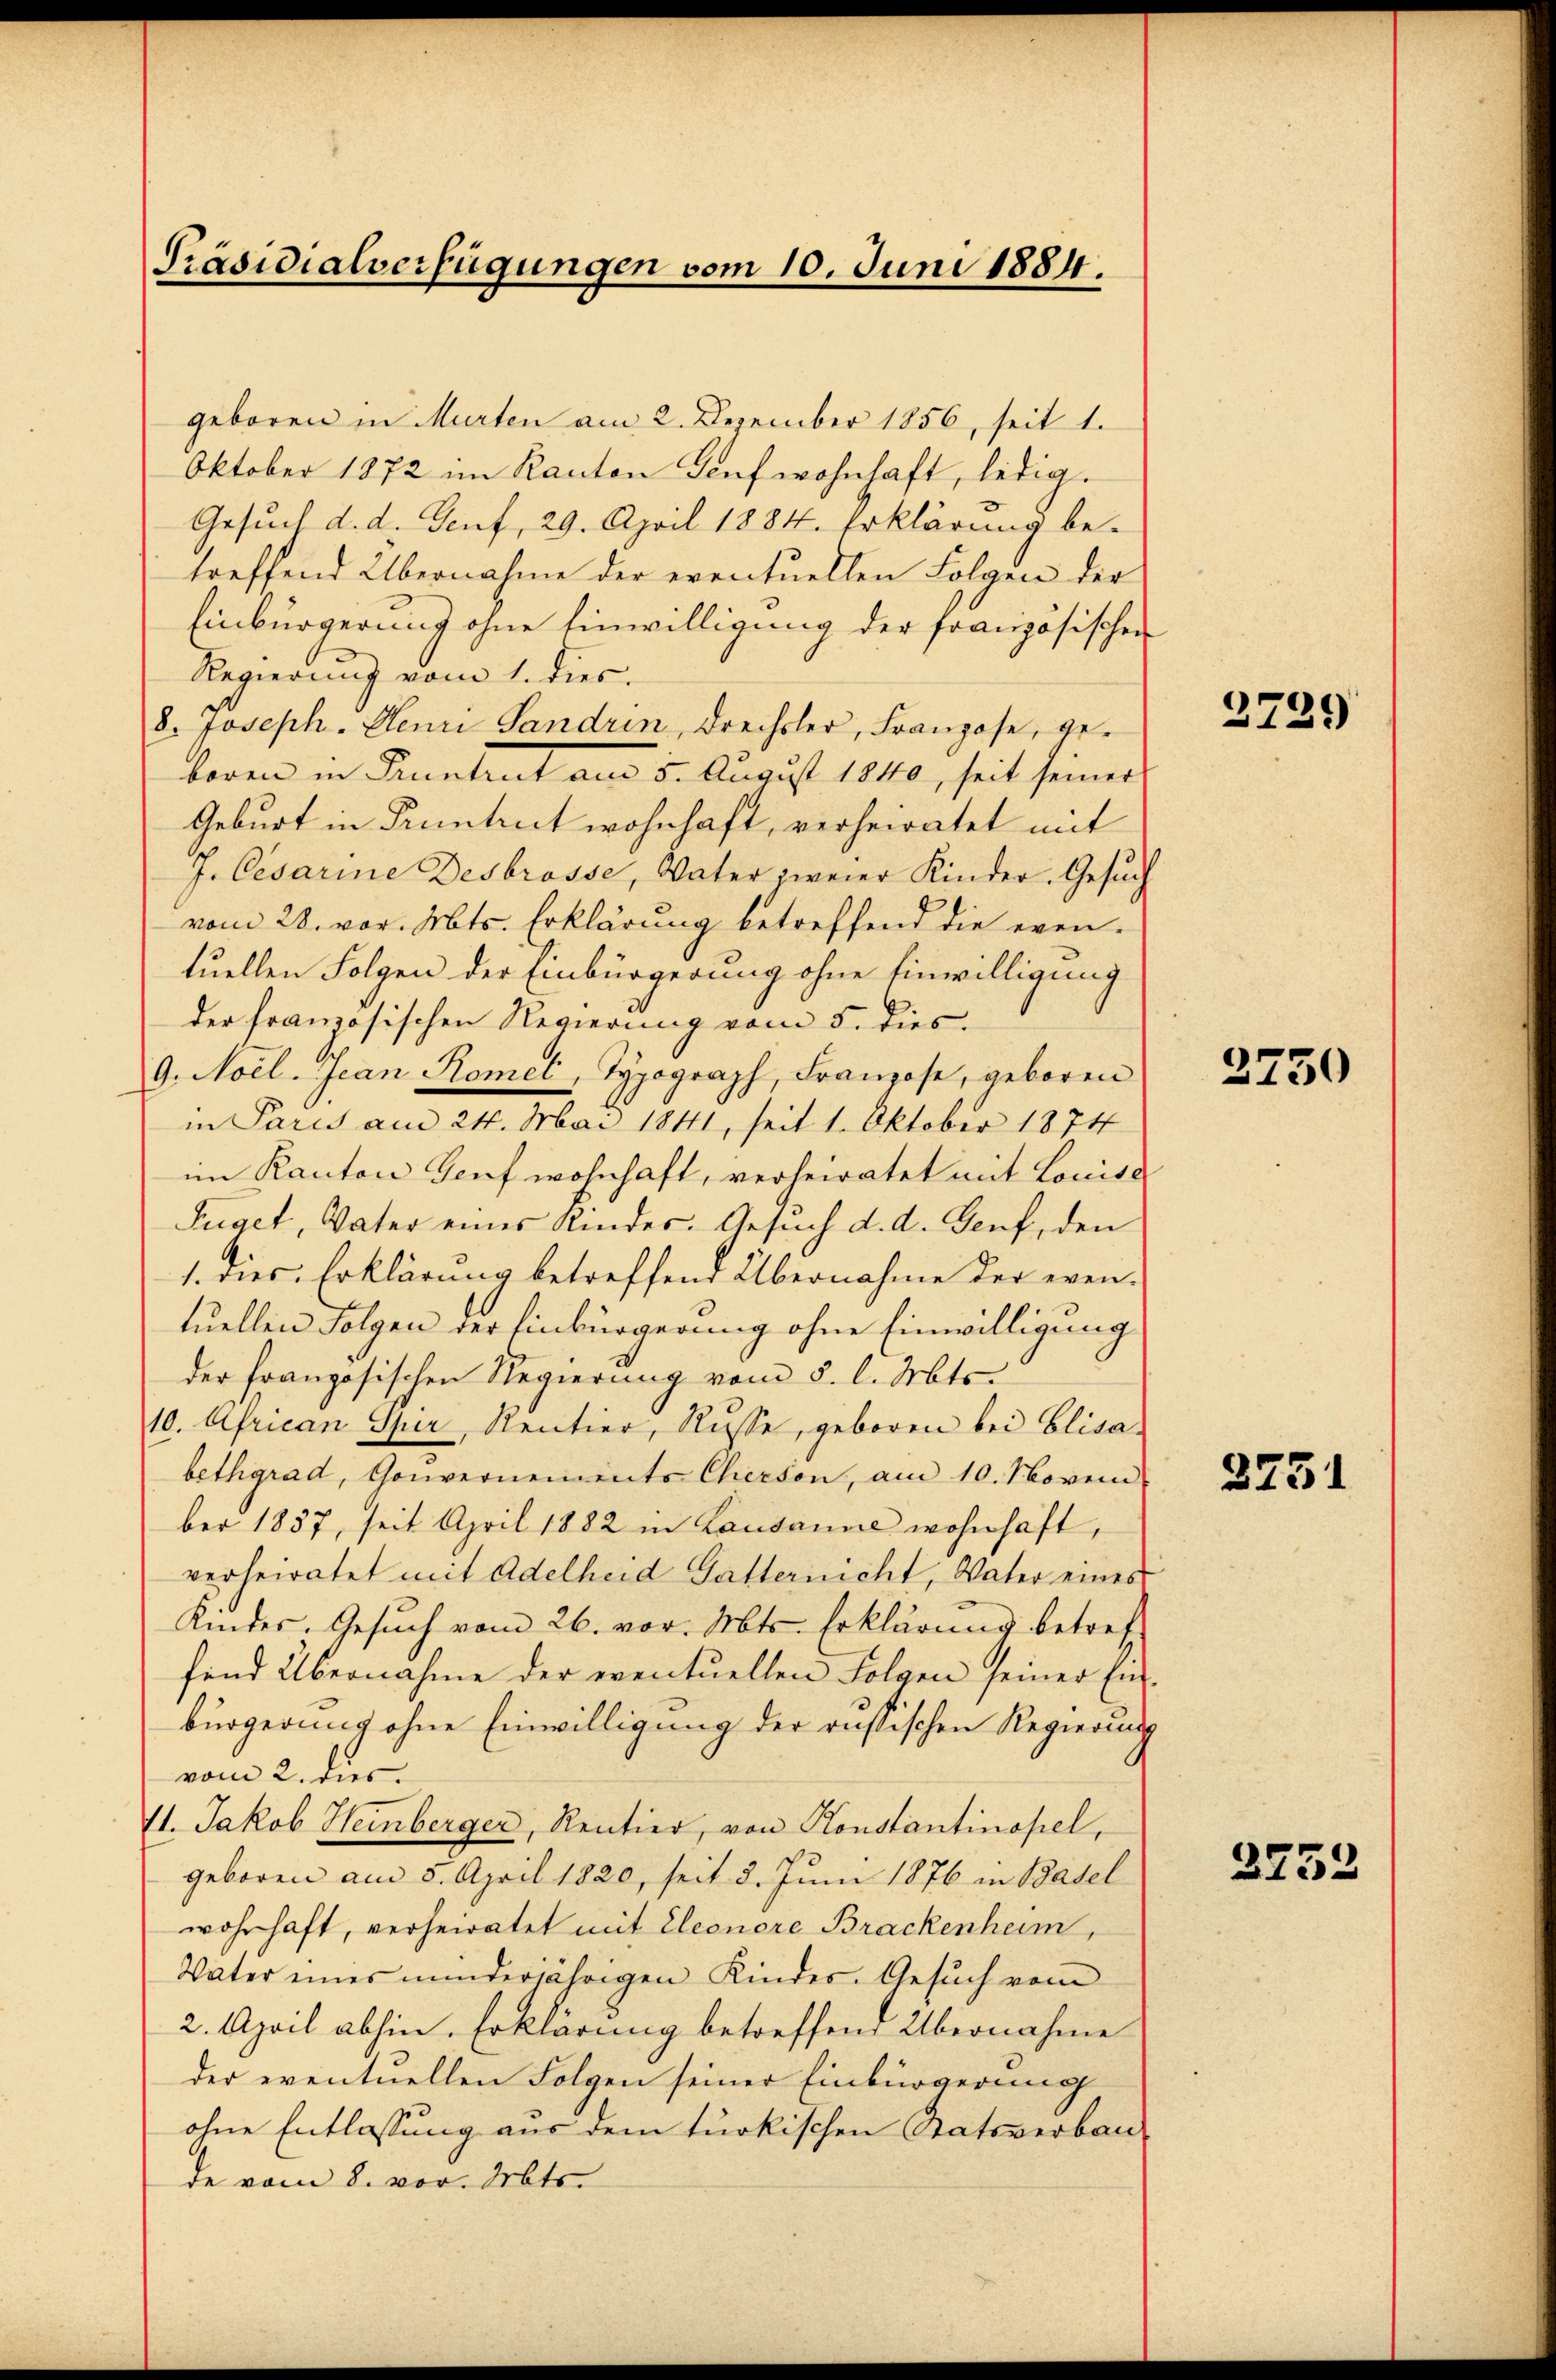
Präsidialverfügungen vom 10. Juni 1884.

geboren in Murten am 2. Dezember 1856, seit 1.
Oktober 1872 im Kanton Genf wohnhaft, ledig¬
Gesuch d. d. Genf, 29. April 1884. Erklärung be-
treffend Übernahme der eventuellen Folgen der
Einbürgerung ohne Einwilligung der französischen
Regierung vom 1. dies.
8. Joseph. Henri Landrin, Drechsler, Franzose, gekoren in Kuntrut am 5. August 18410, seit seiner
Geburt in Pruntrut wohnhaft, verheiratet mit
J. Cesarine Desbrosse, Vater zweier Kinder. Gesuch
vom 28. vor. Mts. Erklärung betreffend die even-
tuellen Folgen der Einbürgerung ohne Einwilligung
der französischen Regierung vom 5. dies
9. Noel. Jean Romel, Typograph, Franzose, geboren
in Paris am 24. Mai 1841, seit 1. Oktober 1874
im Kanton Genf wohnhaft, verheiratet mit Louise
Füget, Vater eines Kindes. Gesuch d. d. Genf, den
1. dies Erklärung betreffend Übernahme der eventuellen Folgen der Einbürgerung ohne Einwilligung
der französischen Regierung vom 5. l. Mts.
10. African Sper, Rentier, Russe, geboren bei Elisabethgrad, Gouvernements Cherson, am 10. Novem
ber 1857, seit April 1882 in Lausanne wohnhaft,
verheiratet mit Adelheid Gatternicht, Vater eines
Kindes. Gesŭch vom 26. vor. Mts. Erklärung betreff
fend Übernahme der eventuellen Folgen seiner Ein-
bürgerung ohne Einwilligung der russischen Regierung
vom 2. dies
11. Jakob Heinberger, Rentier, von Konstantinopel,
geboren am 3. April 1820, seit 3. Juni 1876 in Basel
wohnhaft, verheiratet mit Eleonore Brackenheim,
Vater eines minderjährigen Kindes. Gesŭch vom
2. April abhin. Erklärung betreffend Übernahme
der eventuellen Folgen seiner Einbürgerung
ohne Entlassung aus dem türkischen Statsverbau-
de vom 8. vor. Mts.

2729

2750

2231

2732